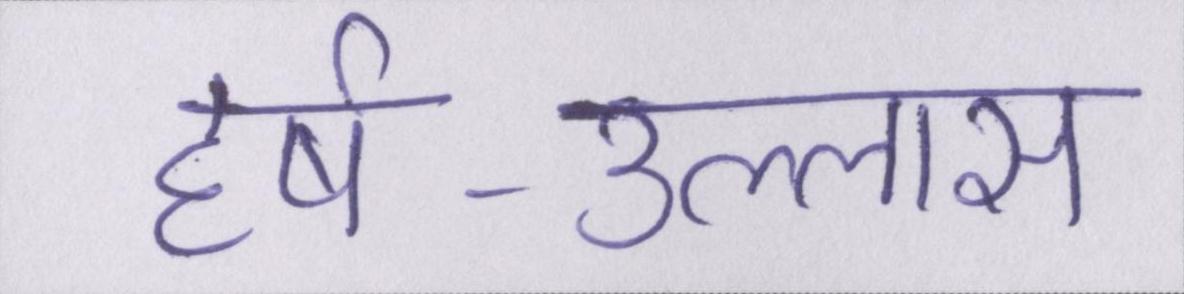
हर्ष-उल्लास